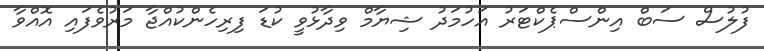
ފުލުސް ސަބް އިންސްޕެކްޓަރު އަހުމަދު ޝިޔާމް ވިދާޅުވީ ކުޑަ ފިރިހެންކުއްޖާ މަރުވެފައި އޮއްވާ